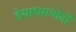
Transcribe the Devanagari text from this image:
देयाधमपोदी